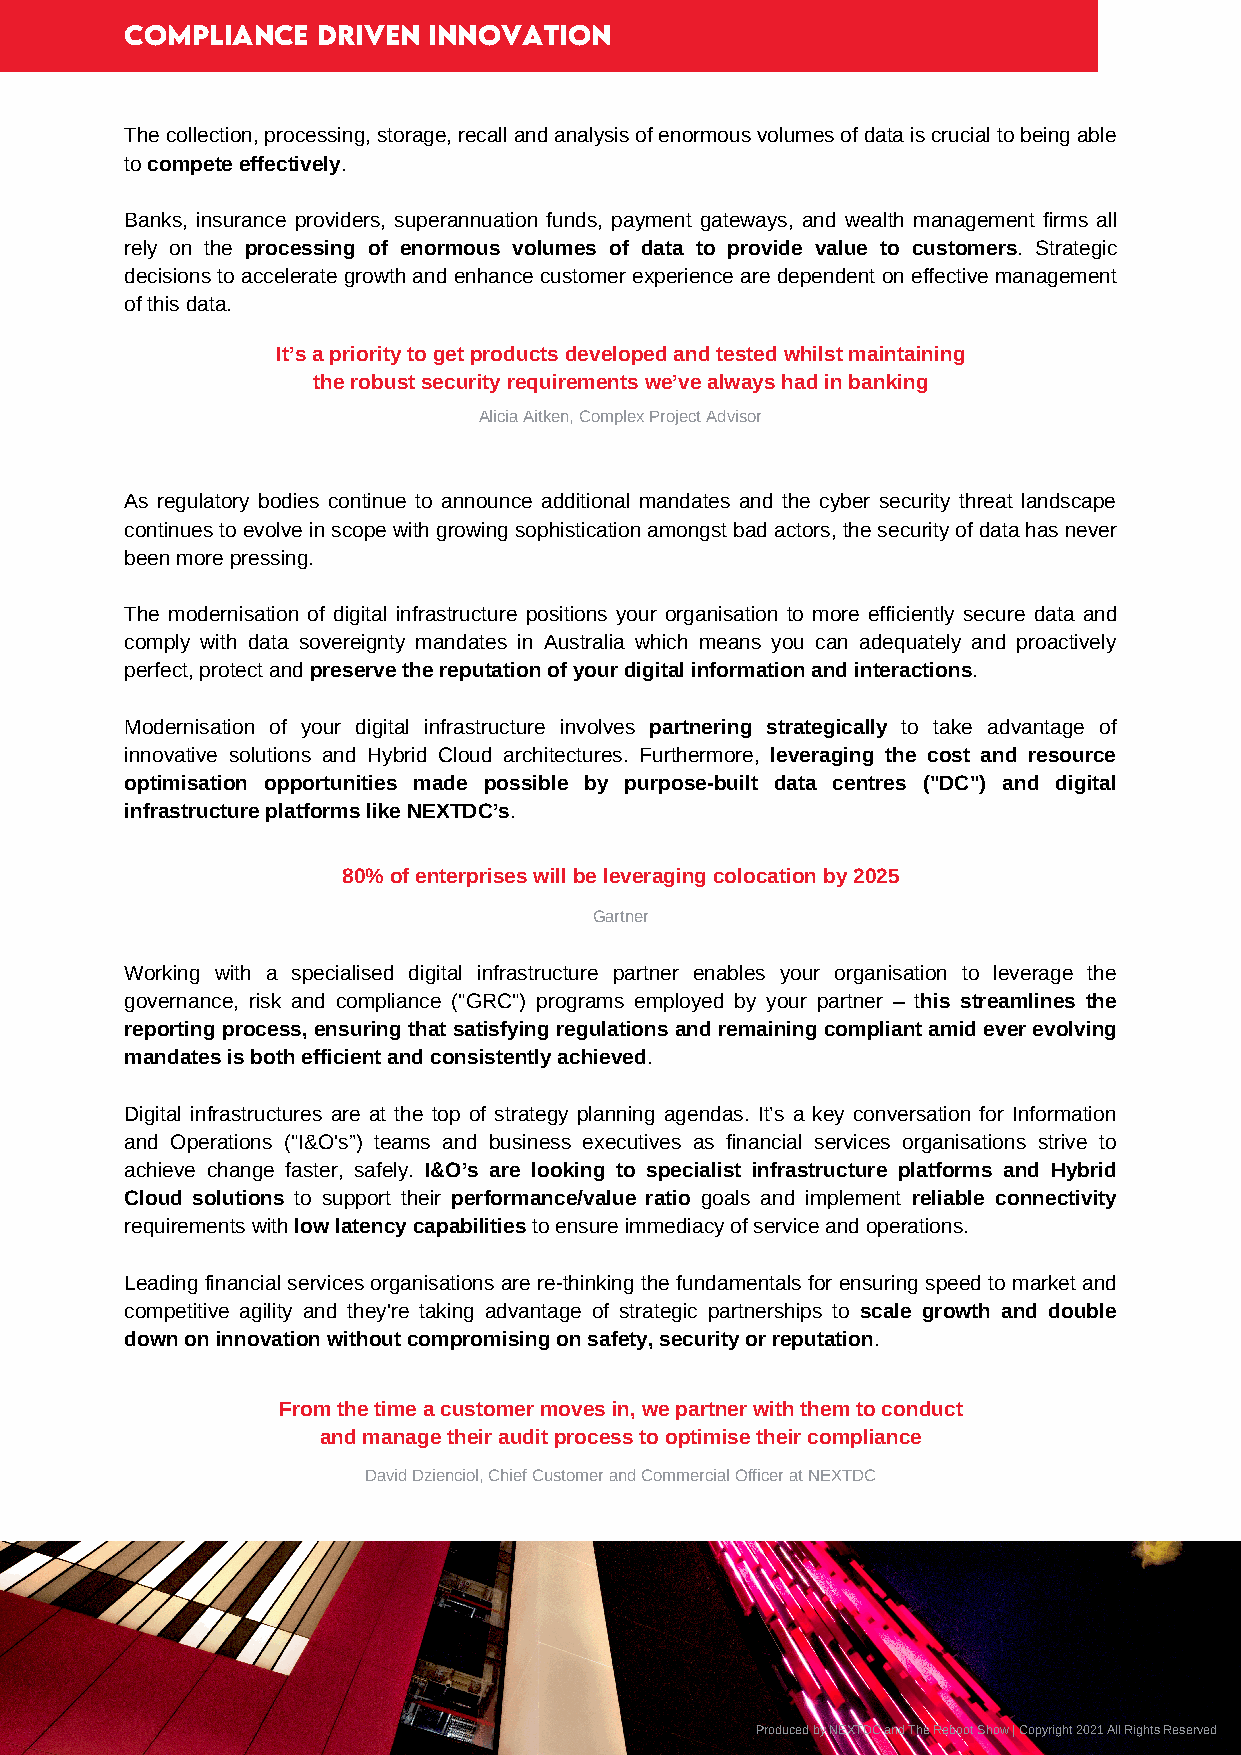
COMPLiANCE   DRiVEN iNNOVATiON
 The collection, processing, storage, recall and analysis of enormous volumes of data is crucial to being able
 to compete effectively.
 Banks, insurance providers, superannuation funds, payment gateways, and wealth management firms all
 rely on the processing of enormous volumes of data to provide value to customers. Strategic
 decisions to accelerate growth and enhance customer experience are dependent on effective management
 of this data.
 It’s a priority to get products developed and tested whilst maintaining
 the robust security requirements we’ve always had in banking
 Alicia Aitken, Complex Project Advisor
 As regulatory bodies continue to announce additional mandates and the cyber security threat landscape
 continues to evolve in scope with growing sophistication amongst bad actors, the security of data has never
 been more pressing.
 The modernisation of digital infrastructure positions your organisation to more efficiently secure data and
 comply with data sovereignty mandates in Australia which means you can adequately and proactively
 perfect, protect and preserve the reputation of your digital information and interactions.
 Modernisation of your digital infrastructure involves partnering strategically to take advantage of
 innovative solutions and Hybrid Cloud architectures. Furthermore, leveraging the cost and resource
 optimisation opportunities made possible by purpose-built data centres ("DC") and digital
 infrastructure platforms like NEXTDC’s.
 80% of enterprises will be leveraging colocation by 2025
 Gartner
 Working with a specialised digital infrastructure partner enables your organisation to leverage the
 governance, risk and compliance ("GRC") programs employed by your partner – this streamlines the
 reporting process, ensuring that satisfying regulations and remaining compliant amid ever evolving
 mandates is both efficient and consistently achieved.
 Digital infrastructures are at the top of strategy planning agendas. It’s a key conversation for Information
 and Operations ("I&O's”) teams and business executives as financial services organisations strive to
 achieve change faster, safely. I&O’s are looking to specialist infrastructure platforms and Hybrid
 Cloud solutions to support their performance/value ratio goals and implement reliable connectivity
 requirements with low latency capabilities to ensure immediacy of service and operations.
 Leading financial services organisations are re-thinking the fundamentals for ensuring speed to market and
 competitive agility and they're taking advantage of strategic partnerships to scale growth and double
 down on innovation without compromising on safety, security or reputation.
 From the time a customer moves in, we partner with them to conduct
 and manage their audit process to optimise their compliance
 David Dzienciol, Chief Customer and Commercial Officer at NEXTDC
 Produced by NEXTDC and The Reboot Show | Copyright 2021 All Rights Reserved